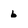
Character: 6